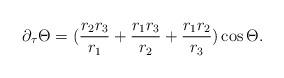
LaTeX: \begin{align*} \partial_{\tau} \Theta = (\frac{r_2r_3}{r_1}+\frac{r_1r_3}{r_2}+\frac{r_1r_2}{r_3})\cos\Theta.\end{align*}